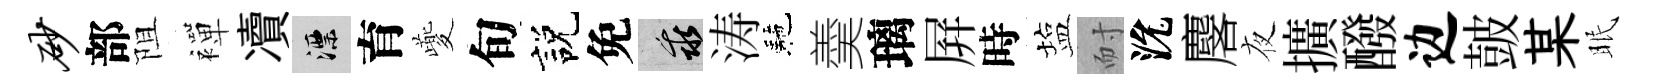
砂部阻襌凟漂育夔旬説免乖涛駰羮璃屛時塩耐沇麐夜擴醱边皷某眠